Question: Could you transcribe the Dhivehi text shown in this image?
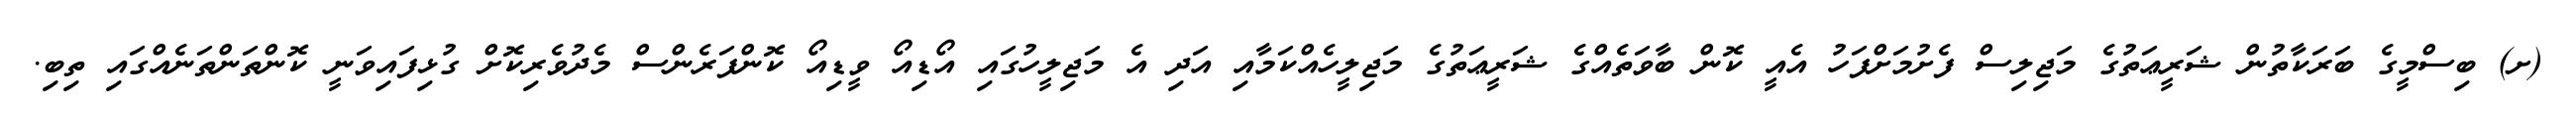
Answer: (ށ) ބިސްމީގެ ބަރަކާތުން ޝަރީޢަތުގެ މަޖިލިސް ފެށުމަށްފަހު އެއީ ކޮން ބާވަތެއްގެ ޝަރީޢަތުގެ މަޖިލީހެއްކަމާއި އަދި އެ މަޖިލީހުގައި އޯޑިއޯ ވީޑިއޯ ކޮންފަރެންސް މެދުވެރިކޮށް ގުޅިފައިވަނީ ކޮންތަންތަނެއްގައި ތިބި.